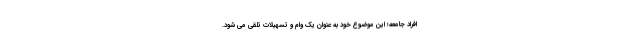
افراد جامعه؛ این موضوع خود به عنوان یک وام و تسهیلات تلقی می شود.